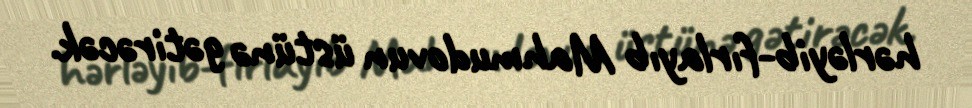
hərləyib-fırlayıb Mahmudovun üstünə gətirəcək.